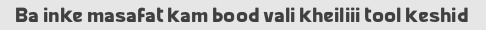
Ba inke masafat kam bood vali kheiliii tool keshid